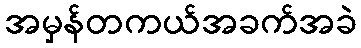
အမှန်တကယ်အခက်အခဲ